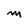
Character: M